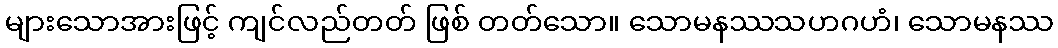
များသောအားဖြင့် ကျင်လည်တတ် ဖြစ် တတ်သော။ သောမနဿသဟဂဟံ၊ သောမနဿ